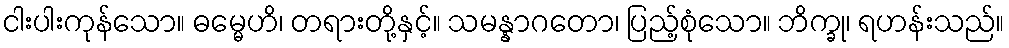
ငါးပါးကုန်သော။ ဓမ္မေဟိ၊ တရားတို့နှင့်။ သမန္နာဂတော၊ ပြည့်စုံသော။ ဘိက္ခု၊ ရဟန်းသည်။